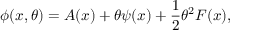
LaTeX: \phi ( x , \theta ) = A ( x ) + \theta \psi ( x ) + { \frac { 1 } { 2 } } \theta ^ { 2 } F ( x ) ,